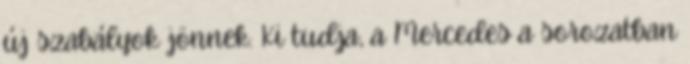
új szabályok jönnek. Ki tudja, a Mercedes a sorozatban